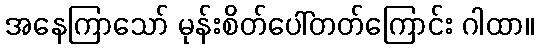
အနေကြာသော် မုန်းစိတ်ပေါ်တတ်ကြောင်း ဂါထာ။